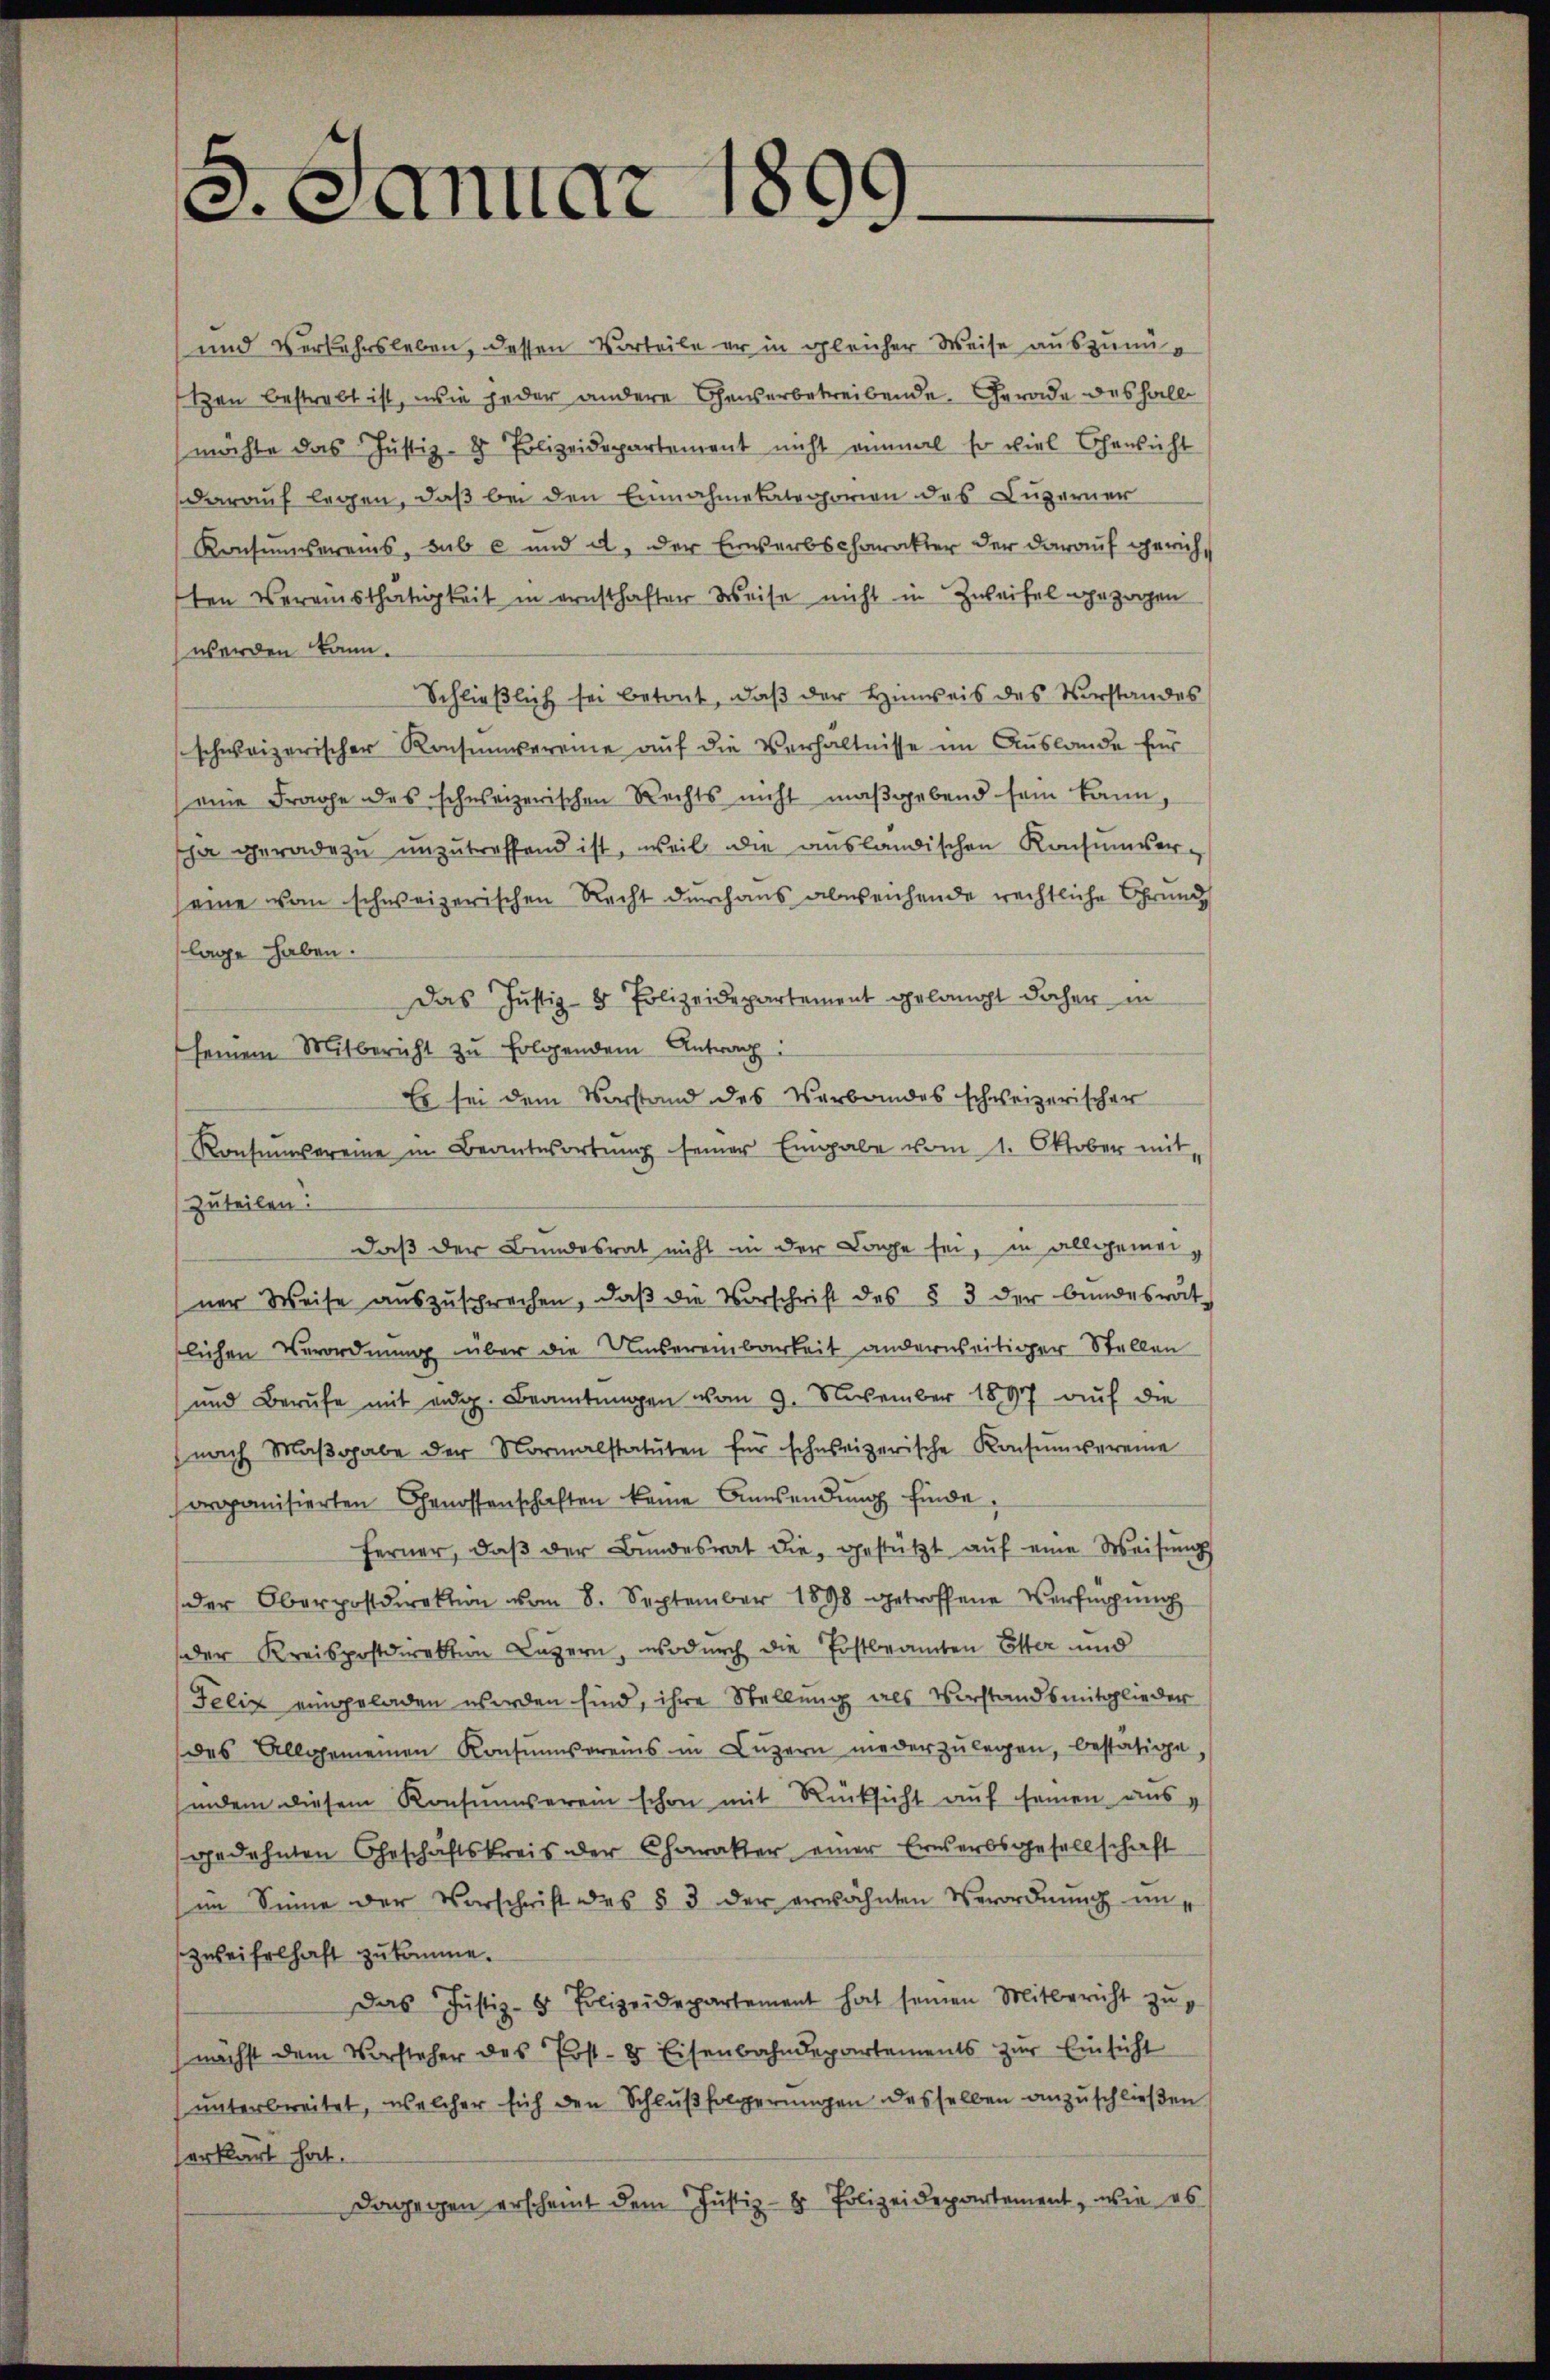
J.Januar 1899.

und Verkehrsleben, dessen Vorteile er in gleicher Weise auszunützen bestrebt ist, wie jeder andere Chaiserbetreibende Gerade deshalb
möchte das Justiz- & Polizeidepartement nicht einmal so viel Chansicht
darauf legen, daß bei den Einnahmetategorien des Luzerner
Konsumvereins, sub c und a. der Erwerbscharakter der darauf gericht
ten Vereinsthätigkeit in ernsthafter Weise nicht in Zweifel gezogen
werden kann.
Schließlich sei betont, daß der Hinweis des Vorstandes
schweizerischer Konsumvereine auf die Verhältnisse im Auslande für
(eine Frage des schweizerischen Rechts nicht maßgebend sein kann,
ha geradezu unzutreffend ist, weil die ausländischen Konsumver-
seine vom schweizerischen Recht durchaus abweichende rechtliche Grund
lage haben.
Das Justiz- & Polizeidepartement gelangt daher in
seinem Mitbericht zu folgendem Antrag:
Es sei dem Vorstand des Verbandes schweizerischer
Konsumvereine in Beantwortŭng seiner Eingabe vom 1. Oktober mit
zuteilen.
daß der Bundesrat nicht in der Lage sei, in allgemeiner Weise aŭszŭsprechen, daβ die Vorschrift des § 3 der bundesrat
slichen Verordnung über die Unsereinbarkeit anderweitiger Stellen
und Berufe mit eidg. Beamtungen vom 9. November 1897 auf die
(nach Maβgabe der Normalstatuten für schweizerische Konsumvereine
orpanisierten Genossenschaften keine Ansendŭng finde.
ferner, daβ der Bŭndesrat die gestützt aŭf eine Weisŭng
der Oberpostdirektion vom 8. September 1898 getroffene Verfügung
der Kreispostdirektion Luzern, wodurch die Postbeamten Elter und
Felix eingeladen worden sind, ihre Stellung als Vorstandsmitglieder
des Allgemeinen Konsŭnsereins in Lŭzern niederzulegen, bestätige,
indem diesem Konsumverein schon mit Rücksicht auf seinen aus
gedehnten Geschäftskreis der Charakter einer Erwerbsgesellschaft
(im Sinne der Vorschrift des § 3 der erwähnten Verordnŭng unzweifelhaft zukomme.
Das Justiz- & Polizeidepartement hat seinen Mitbericht zŭ
nächst dem Vorsteher des Erst- & Eisenbahndepartements zur Einsicht
unterbreitet, welcher sich den Schlußfolgerungen desselben anzuschließen
erklärt hat.
Dagegen erscheint dem Justiz- & Polizeidepartement, wie es